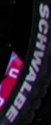
SCHWALBE